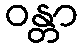
ဝန္တာ